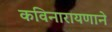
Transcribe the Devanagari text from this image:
कविनारायणाने